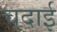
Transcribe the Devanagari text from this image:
चदाई